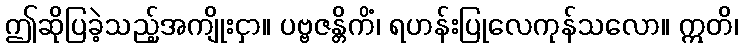
ဤဆိုပြခဲ့သည့်အကျိုးငှာ။ ပဗ္ဗဇန္တိကိံ၊ ရဟန်းပြုလေကုန်သလော။ ဣတိ၊